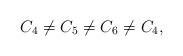
LaTeX: \begin{align*}C_{4}\not =C_{5}\not =C_{6}\not =C_{4}, \end{align*}